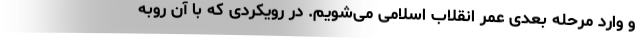
و وارد مرحله بعدی عمر انقلاب اسلامی می‌شویم. در رویکردی که با آن روبه